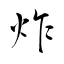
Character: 炸